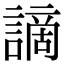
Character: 謫